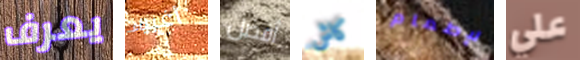
يعرف أغبياء أفضل كاش لإطعام علي